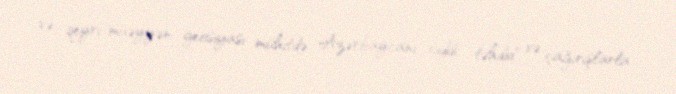
və qeyri-müəyyən geosiyasi mühitdə Azərbaycanı ciddi təhdid və çağırışlarla